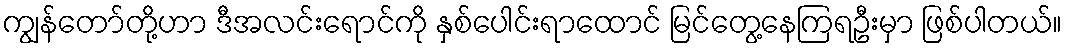
ကျွန်တော်တို့ဟာ ဒီအလင်းရောင်ကို နှစ်ပေါင်းရာထောင် မြင်တွေ့နေကြရဦးမှာ ဖြစ်ပါတယ်။